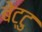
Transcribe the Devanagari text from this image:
बेट्टु